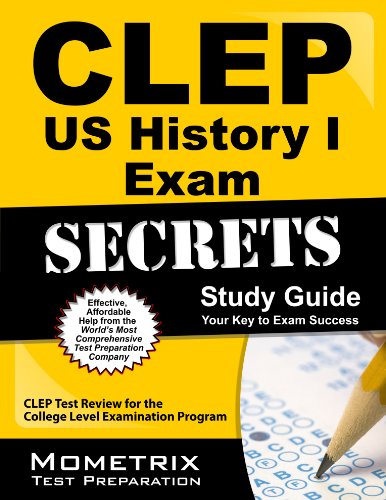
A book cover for CLEP US History I Exam Secrets Study Guide: CLEP Test Review for the College Level Examination Program; CLEP Exam Secrets Test Prep Team; Test Preparation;